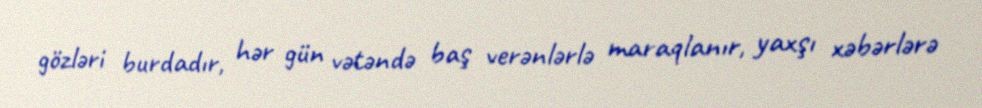
gözləri burdadır, hər gün vətəndə baş verənlərlə maraqlanır, yaxşı xəbərlərə